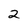
Character: 2